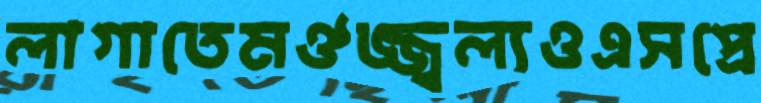
লাগাতেমঔজ্জ্বল্যওএসপ্রে